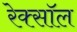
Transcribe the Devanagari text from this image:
रेक्सॉल